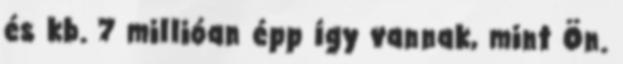
és kb. 7 millióan épp így vannak, mint Ön.